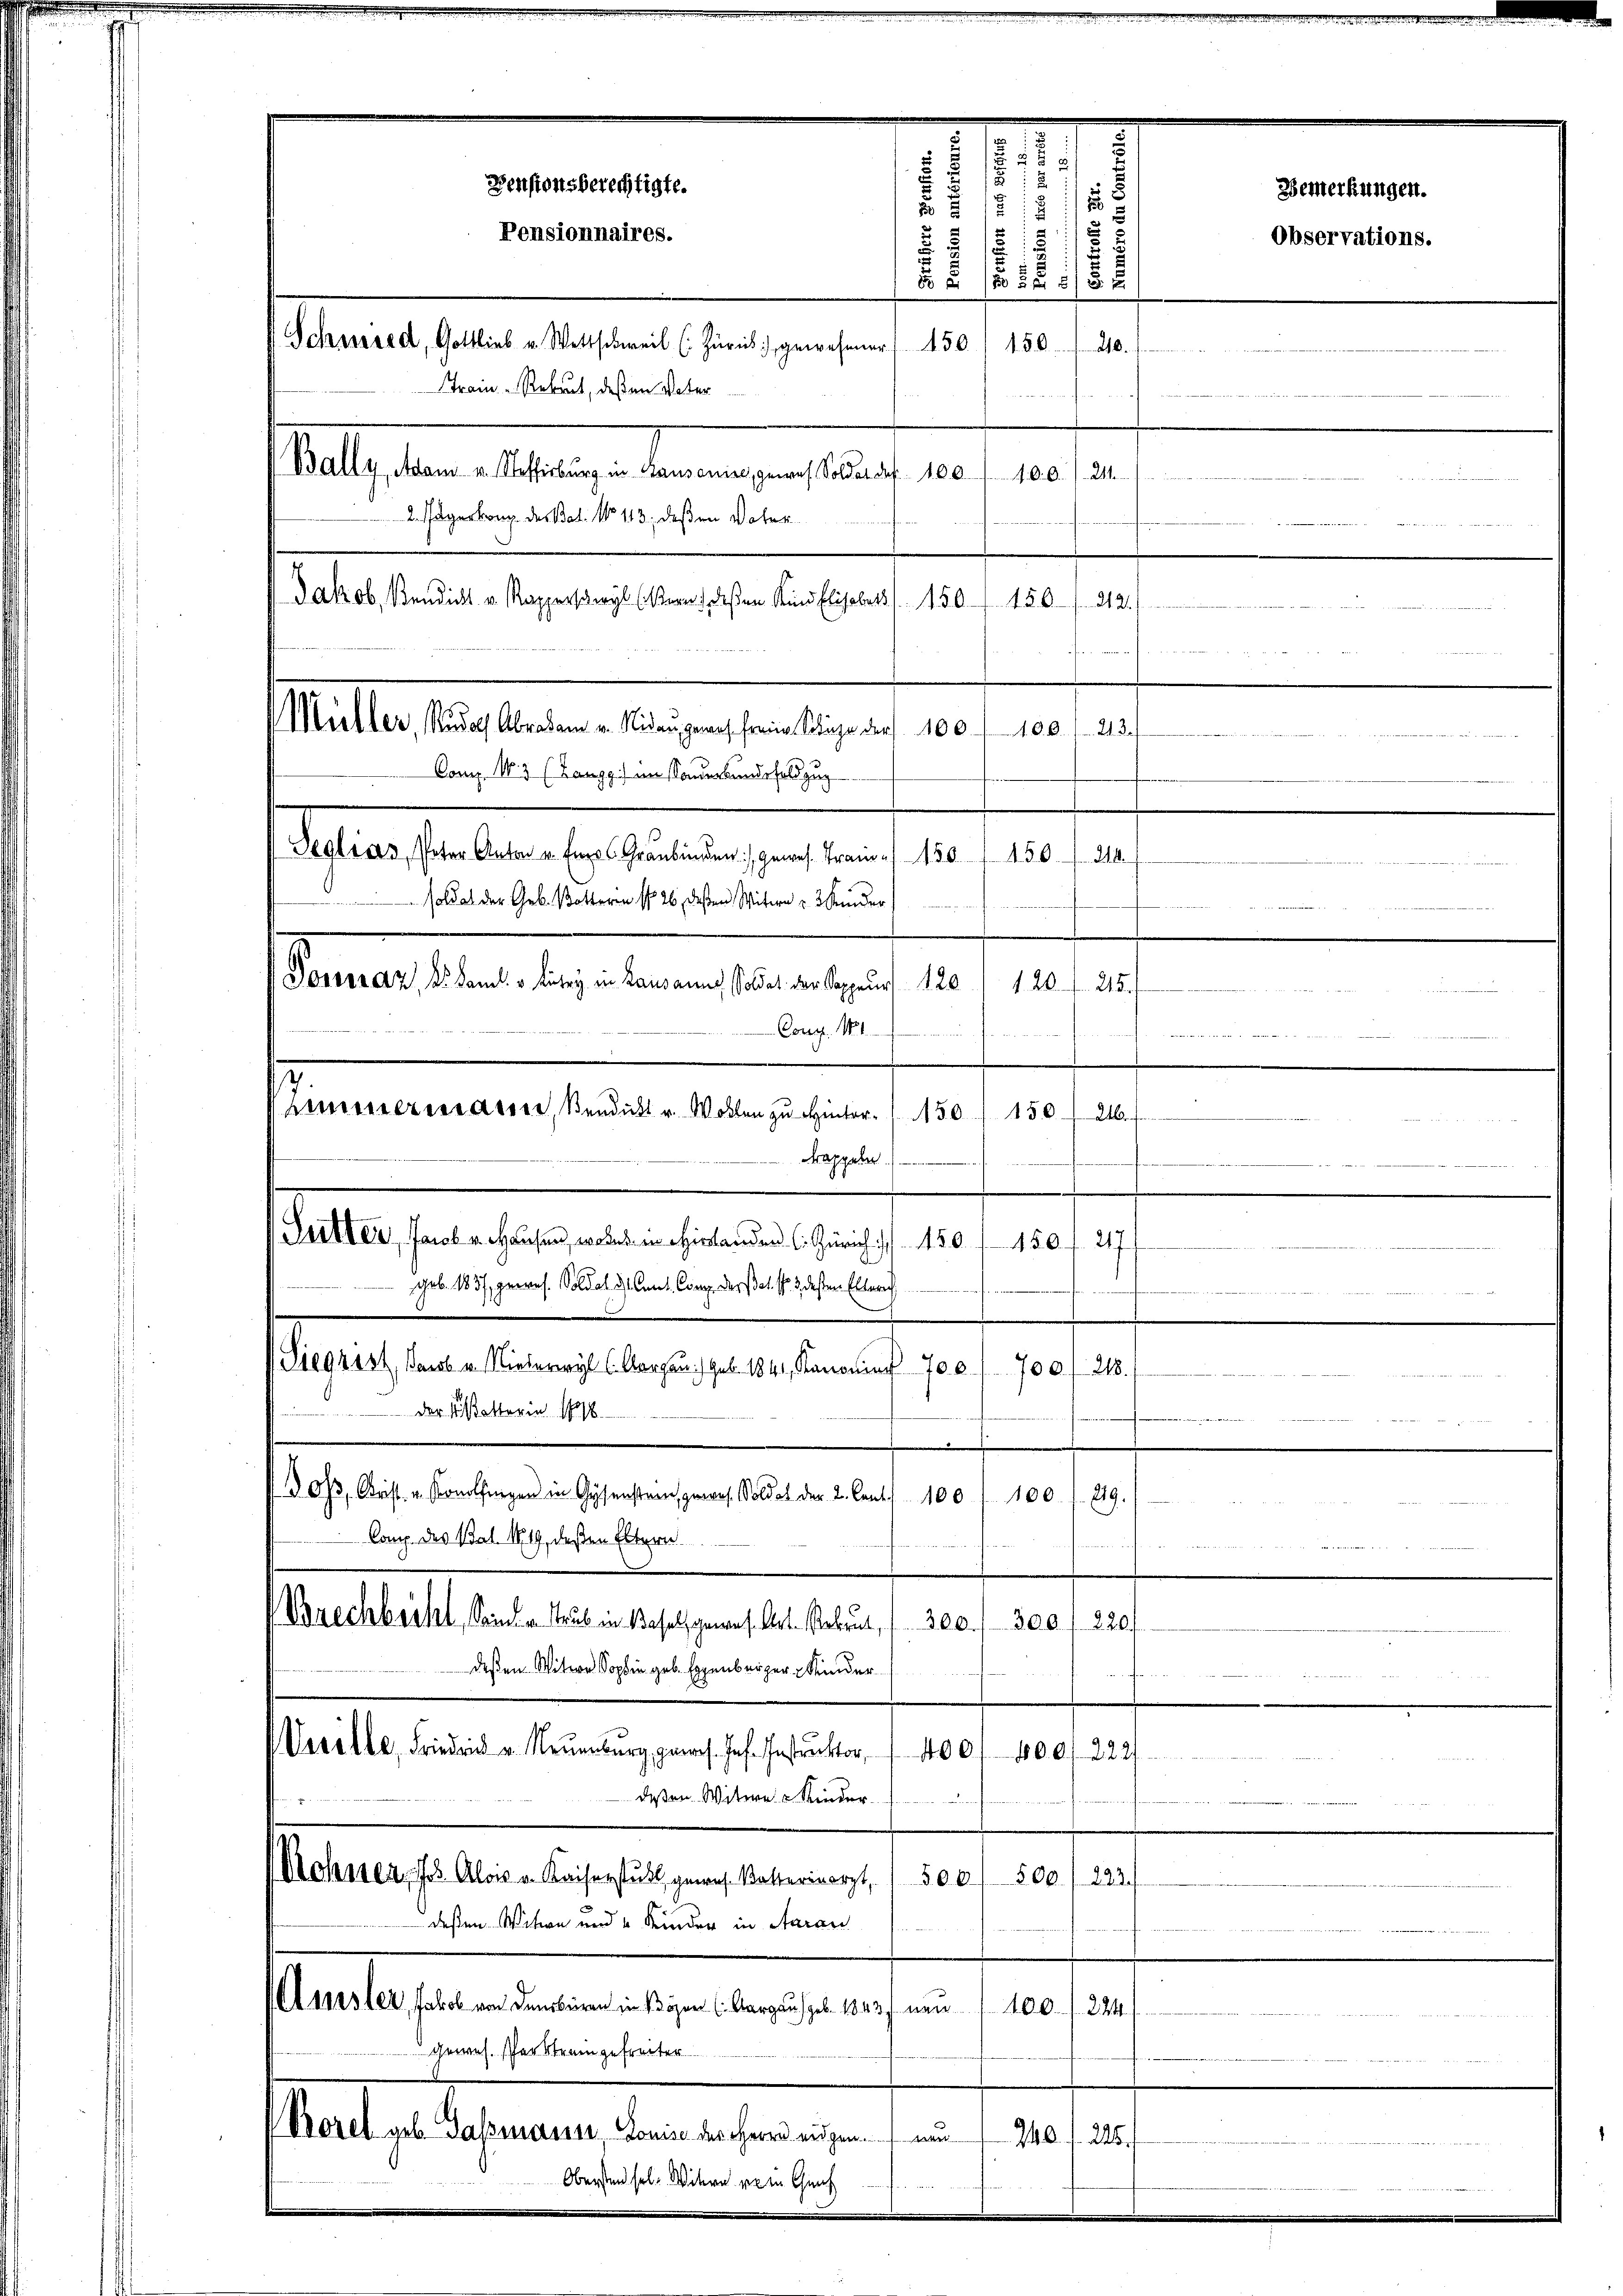
2. Jägerkong des Bat. No 113, deßen Vater
Jakob Bendict v. Rapperswyl (ißern, deßen Kind Elisabet 150. 150. 212.
c          Franchen
soldat der Geb. Botteren No 26, deßen Witwe u. 3 Kinder
e
Senats andelege benanstandesrath 18./19./12.
Cong. 11.

B
Frappeln.
Sutter, Jacob u. Hausen, welchen Hirslander C. Zürich   150. 150 f. 217
geb. 1857, gewes. Soldat dh. Carl. Comp. dersel. fr. 3 dessen Elterach
Siegrist, Jacob u. Nieder Aargau geb. 1841, Kanonin 700
ose
der Risottorin 1798.

 Oh, Krist. v. Konolfingen in Gysenstran, gewes. Soldat der 2. Cent. 1001 100. 1. 219.
.
Comp. des Bat. 1819, deßen Eltern
Brechbacht, Sein u. Trub in Basel, gewes. Art. Bebaut, " 300. 300 f 220
deßen Witwe Sophie geb. Eggenberger Kinder
d
Verille, Frieden u. Neuenburg gewes. Jes. Instruktor 1400/400/222/
deßen Witwe Kinder
Rohner, Jos. Alow v. Kaiserstuhl gewes. Ketterinarzt, 1 500/ 500/223.
deßen Witwe und 4 Kinder in Aarau
Amsler, Jakob von dem beren in Bösen (Aargau geb. 1843 neu, 4100. 224.
gewes. Par Strangefreiter
(Borel geb. Gassmann, Louise der Herrn eidgen. um
240 f. 245.
Oberstand sel. Witwe vom Genf

.
.
nommen

.
Pensionsberechtigte.
12
e
.
Pensionnaires.
1
. . . . 152.
Schwered, Gottlieb u. Wettschweil (Zürich gewesener 150, 150. 120.
Train - Rekrut, deßen Vater
5122
Bally, Adam u. Steffisburg in Hausenire, gewas Soldat des 100
100. 21

Mühler, Rudolf Abraham u. Nidau gewes freie Schähe ders. 100. 100. 213.
Com. N. 3 (Langg) im Sonderbundesfeldzug

Seglias Peter Anton u. Eine Graubigen gewes. Frau 150 " 150. 210.

Zimmermarin, Sendukt u. Wollen zu Hinter 150. 150. 216.

Bemerkungen.
Observations.

4 Me

u